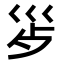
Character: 𭗿